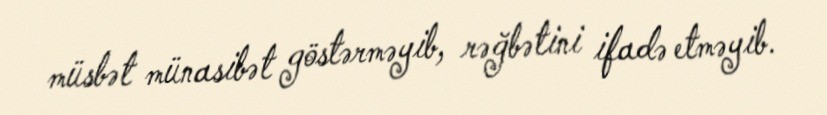
müsbət münasibət göstərməyib, rəğbətini ifadə etməyib.